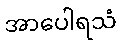
အာပေါရသံ